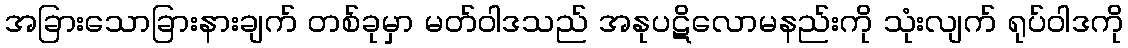
အခြားသောခြားနားချက် တစ်ခုမှာ မတ်ဝါဒသည် အနုပဋိလောမနည်းကို သုံးလျက် ရုပ်ဝါဒကို